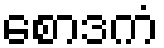
စောဒကံ